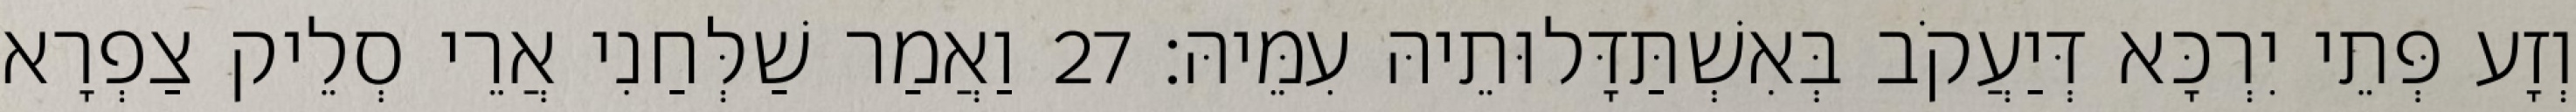
וְזָע פְּתֵי יִרְכָּא דְּיַעֲקֹב בְּאִשְׁתַּדָּלוּתֵיהּ עִמֵּיהּ׃ 27 וַאֲמַר שַׁלְּחַנִי אֲרֵי סְלֵיק צַפְרָא